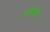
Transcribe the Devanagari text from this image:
यंगीयाना